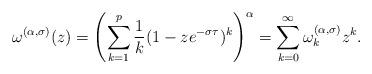
LaTeX: \begin{align*}\omega^{(\alpha,\sigma)}(z) =\left(\sum_{k=1}^p\frac{1}{k}(1-ze^{-\sigma\tau})^k\right)^{\alpha}=\sum_{k=0}^{\infty}\omega^{(\alpha,\sigma)}_{k}z^k.\end{align*}